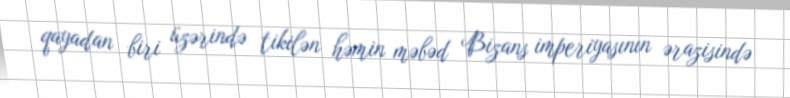
qayadan biri üzərində tikilən həmin məbəd Bizans imperiyasının ərazisində